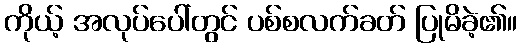
ကိုယ့် အလုပ်ပေါ်တွင် ပစ်စလက်ခတ် ပြုမိခဲ့၏။